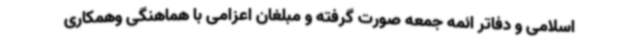
اسلامی و دفاتر ائمه جمعه صورت گرفته و مبلغان اعزامی با هماهنگی وهمکاری